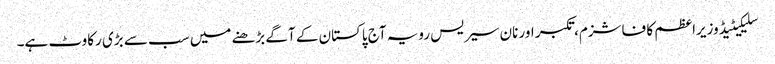
سلیکیٹیڈ وزیراعظم کا فاشزم، تکبر اور نان سیریس رویہ آج پاکستان کے آگے بڑھنے میں سب سے بڑی رکاوٹ ہے۔